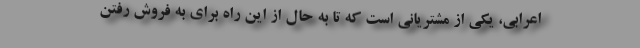
اعرابی، یکی از مشتریانی است که تا به حال از این راه برای به فروش رفتن